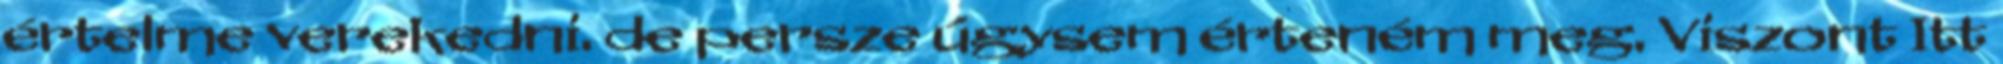
értelme verekedni. de persze úgysem érteném meg. Viszont Itt